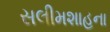
સલીમશાહના